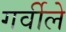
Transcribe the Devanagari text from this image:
गर्वीले